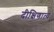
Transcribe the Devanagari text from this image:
दीक्षिणात्य